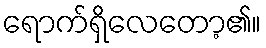
ရောက်ရှိလေတော့၏။